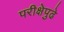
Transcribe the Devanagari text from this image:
परीक्षेपुढे